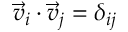
\vec { v } _ { i } \cdot \vec { v } _ { j } = \delta _ { i j }